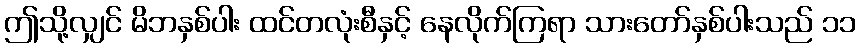
ဤသို့လျှင် မိဘနှစ်ပါး ထင်တလုံးစီနှင့် နေလိုက်ကြရာ သားတော်နှစ်ပါးသည် ၁၁